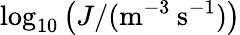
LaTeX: \log_{10}\left(J/(\mathrm{m^{-3}\: s^{-1}})\right)